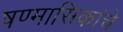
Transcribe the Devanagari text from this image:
षण्मासिकांचे